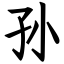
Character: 孙